Vaccination in Bombay 1889-1901 - 1889-1901
Year: 1889
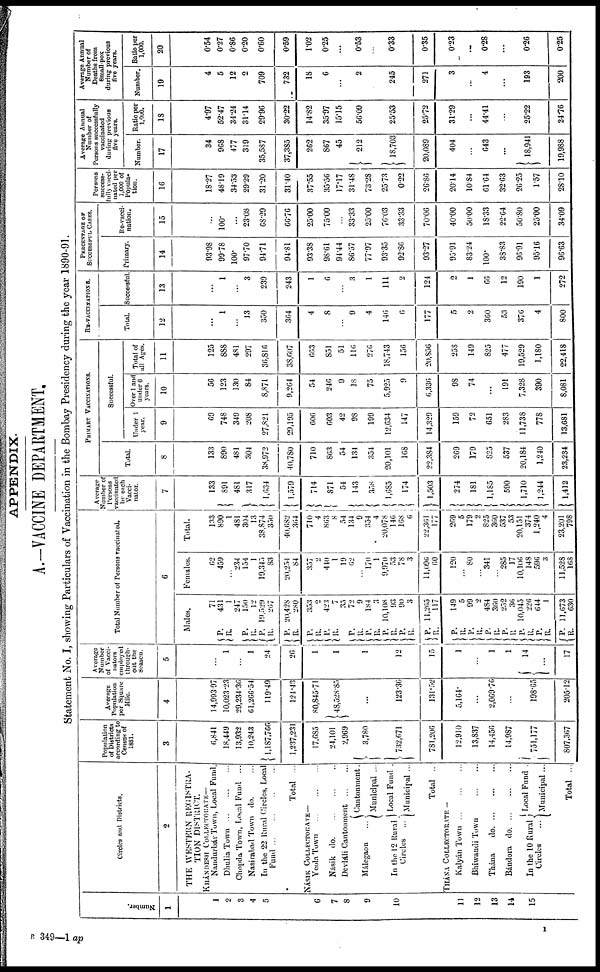
APPENDIX.
A.—VACCINE DEPARTMENT.
Statement No. I, showing Particulars of Vaccination in the Bombay Presidency during the year 1890-91.
Number.
1
1
2
3
4
5
6
7
8
9
10
11
12
13
14
15
Circles and Districts.
2
THE WESTERN REGISTRA¬
TION DISTRICT.
KHÁNDESH COLLECTORATE—
Nandurbár Town, Local Fund.
Dhulia
Town...
...
...
Chopda Town, Local Fund ...
Nasirabad Town do. ...
In the 22 Rural Circles, Local
Fund...
...
...
...
Total ...
NÁSIK COLLECTORATE—
Yeola Town
...
...
...
Násik do. ... ... ...
Devláli Cantonment
...
...
Málegaon
...
In the 12 Rural
Circles ...
Cantonment.
Municipal ...
Local Fund .
Municipal ...
Total ..
THÁNA COLLECTORATE —
Kalyán Town ...
...
...
Bhiwandi Town
...
...
Thána
do. ... ... ...
Bándora
do. ... ... ...
In the 10 Rural
Circles
...
Local Fund .
Municipal ...
Total ...
Population
of Districts
according to
Census of
1881.
3
6,841
18,449
13,932
10,243
1,187,766
1,237,231
17,685
24,101
2,969
3,780
732,671
781,206
12,910
13,837
14,456
14,987
751,177
807,307
Average
Population
per Square
Mile.
4
14,99397
10,023.23
29,234.36
61,266.54
119.49
124.43
80,845.71
48,528.85
...
123.36
131.52
5,164
...
2,069.76
...
198.65
205.12
Average
Number
of Vacci¬
nators
employed
through¬
out the
Season.
5
...
1
...
1
24
26
1
1
1
12
15
1
...
1
1
14
...
17
Total Number of Persons vaccinated.
6
Males.
71
P.
R.
P.
R.
P.
R.
P.
R.
P.
R.
P.
R.
P.
R. P.
R.
P.
R.
P. R.
P. R.
431
1
247
150
12
19,529
267
20,428
280
353
2
423
7
35
72
9
184
3
10,108
93
90
3
11,205
117
P.
R.
P.
R.
P.
R.
P.
R.
P.
R.
P.
R.
P.
R.
149
5
99
2
484
360
252
36
10,045
226
644
1
11,673
630
Females.
62
459
...
234
154
1
19,345
83
20,254
84
357
2
440
1
19
62
...
170
1
9,970
53
78
3
11,096
60
120
...
80
...
341
...
285
17
10,106
148
596
3
11,528
168
Total.
133
890
1
481
304
13
38,874
350
40,682
364
710
4
863
8
54
134
9
354
4
20,078
146
168
6
22,361
177
209
5
179
2
825
360
537
53
20,151
374
1,240
4
23,201
798
Average
Number of
Persons
vaccinated
by each
Vacci¬
nator.
7
133
891
481
317
1,634
1,579
714
871
54
143
358
1,685
174
1,503
274
181
1,185
590
1,710
1,244
1,412
PRIMARY VACCINATIONS.
Total.
8
113
890
481
304
38,972
40,780
710
863
54
134
354
20,101
168
22,384
269
179
825
537
20,184
1,240
23,234
Successful.
Under 1
year.
9
69
748
349
208
27,821
29,195
606
603
42
98
199
12,634
147
14,329
159
72
651
283
11,738
778
13,681
Over 1 and
under 6
years.
10
56
123
130
84
8,871
9,264
54
246
9
18
75
5,925
9
6,336
98
74
...
191
7,328
390
8,081
Total of
all Ages.
11
125
888
481
297
36,816
38,607
663
851
51
116
276
18,743
156
20,856
258
149
825
477
19,529
1,180
22,418
RE-VACCINATIONS.
Total.
12
...
1
...
13
350
364
4
8
...
9
4
146
6
177
5
2
360
53
376
4
800
Successful.
13
...
1
...
3
239
243
1
6
...
3
1
111
2
124
2
1
66
12
190
1
272
PERCENTAGE OF
SUCCESSFUL CASES.
Primary.
14
93.98
99.78
100.
97.70
94.71
94.81
93.38
98.61
94.44
86.57
77.97
93.35
92.86
93.27
95.91
83.24
100.
38.83
96.91
95.16
96.63
Re-vacci¬
nation.
15
...
100.
...
23.08
68.29
66.76
25.00
75.00
...
33.33
25.00
76.03
33.33
70.06
40.00
50.00
18.33
22.64
50.80
25.00
34.09
Persons
success-
fully vacci¬
nated per
1,000 of
Popula-
tion.
16
18.27
48.19
34.53
29.29
31.20
31.40
37.55
35.56
17.17
31.48
73.28
25.73
0.22
26.86
20.14
10.84
61.64
32.63
26.25
1.57
28.10
Average Annual
Number of
Persons successfully
vaccinated
during previous
five years.
Number.
17
34
968
477
319
35,587
37,385
262
867
45
212
18,703
20,089
404
...
643
...
18,941
19,988
Ratio per
1,000.
18
4.97
52.47
34.24
31.14
29.96
30.22
14.82
35.97
15.15
56.09
25.53
25.72
31.29
...
44.41
...
25.22
24.76
Average Annual
Number of
Deaths from
Small-pox
during previous
five years.
Number.
19
4
5
12
2
709
732
18
6
...
2
245
271
3
...
4
...
193
200
Batio per
1,000.
20
0.54
0.27
0.86
0.20
0.60
0.59
1.02
0.25
...
0.53
...
0.33
0.35
0.23
...
0.28
...
0.26
0.25
B. 349—1 ap
1